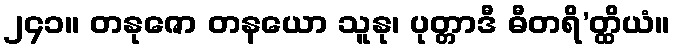
၂၄၁။ တနုဇော တနယော သူနု၊ ပုတ္တာဒီ ဓီတရိ’တ္ထိယံ။